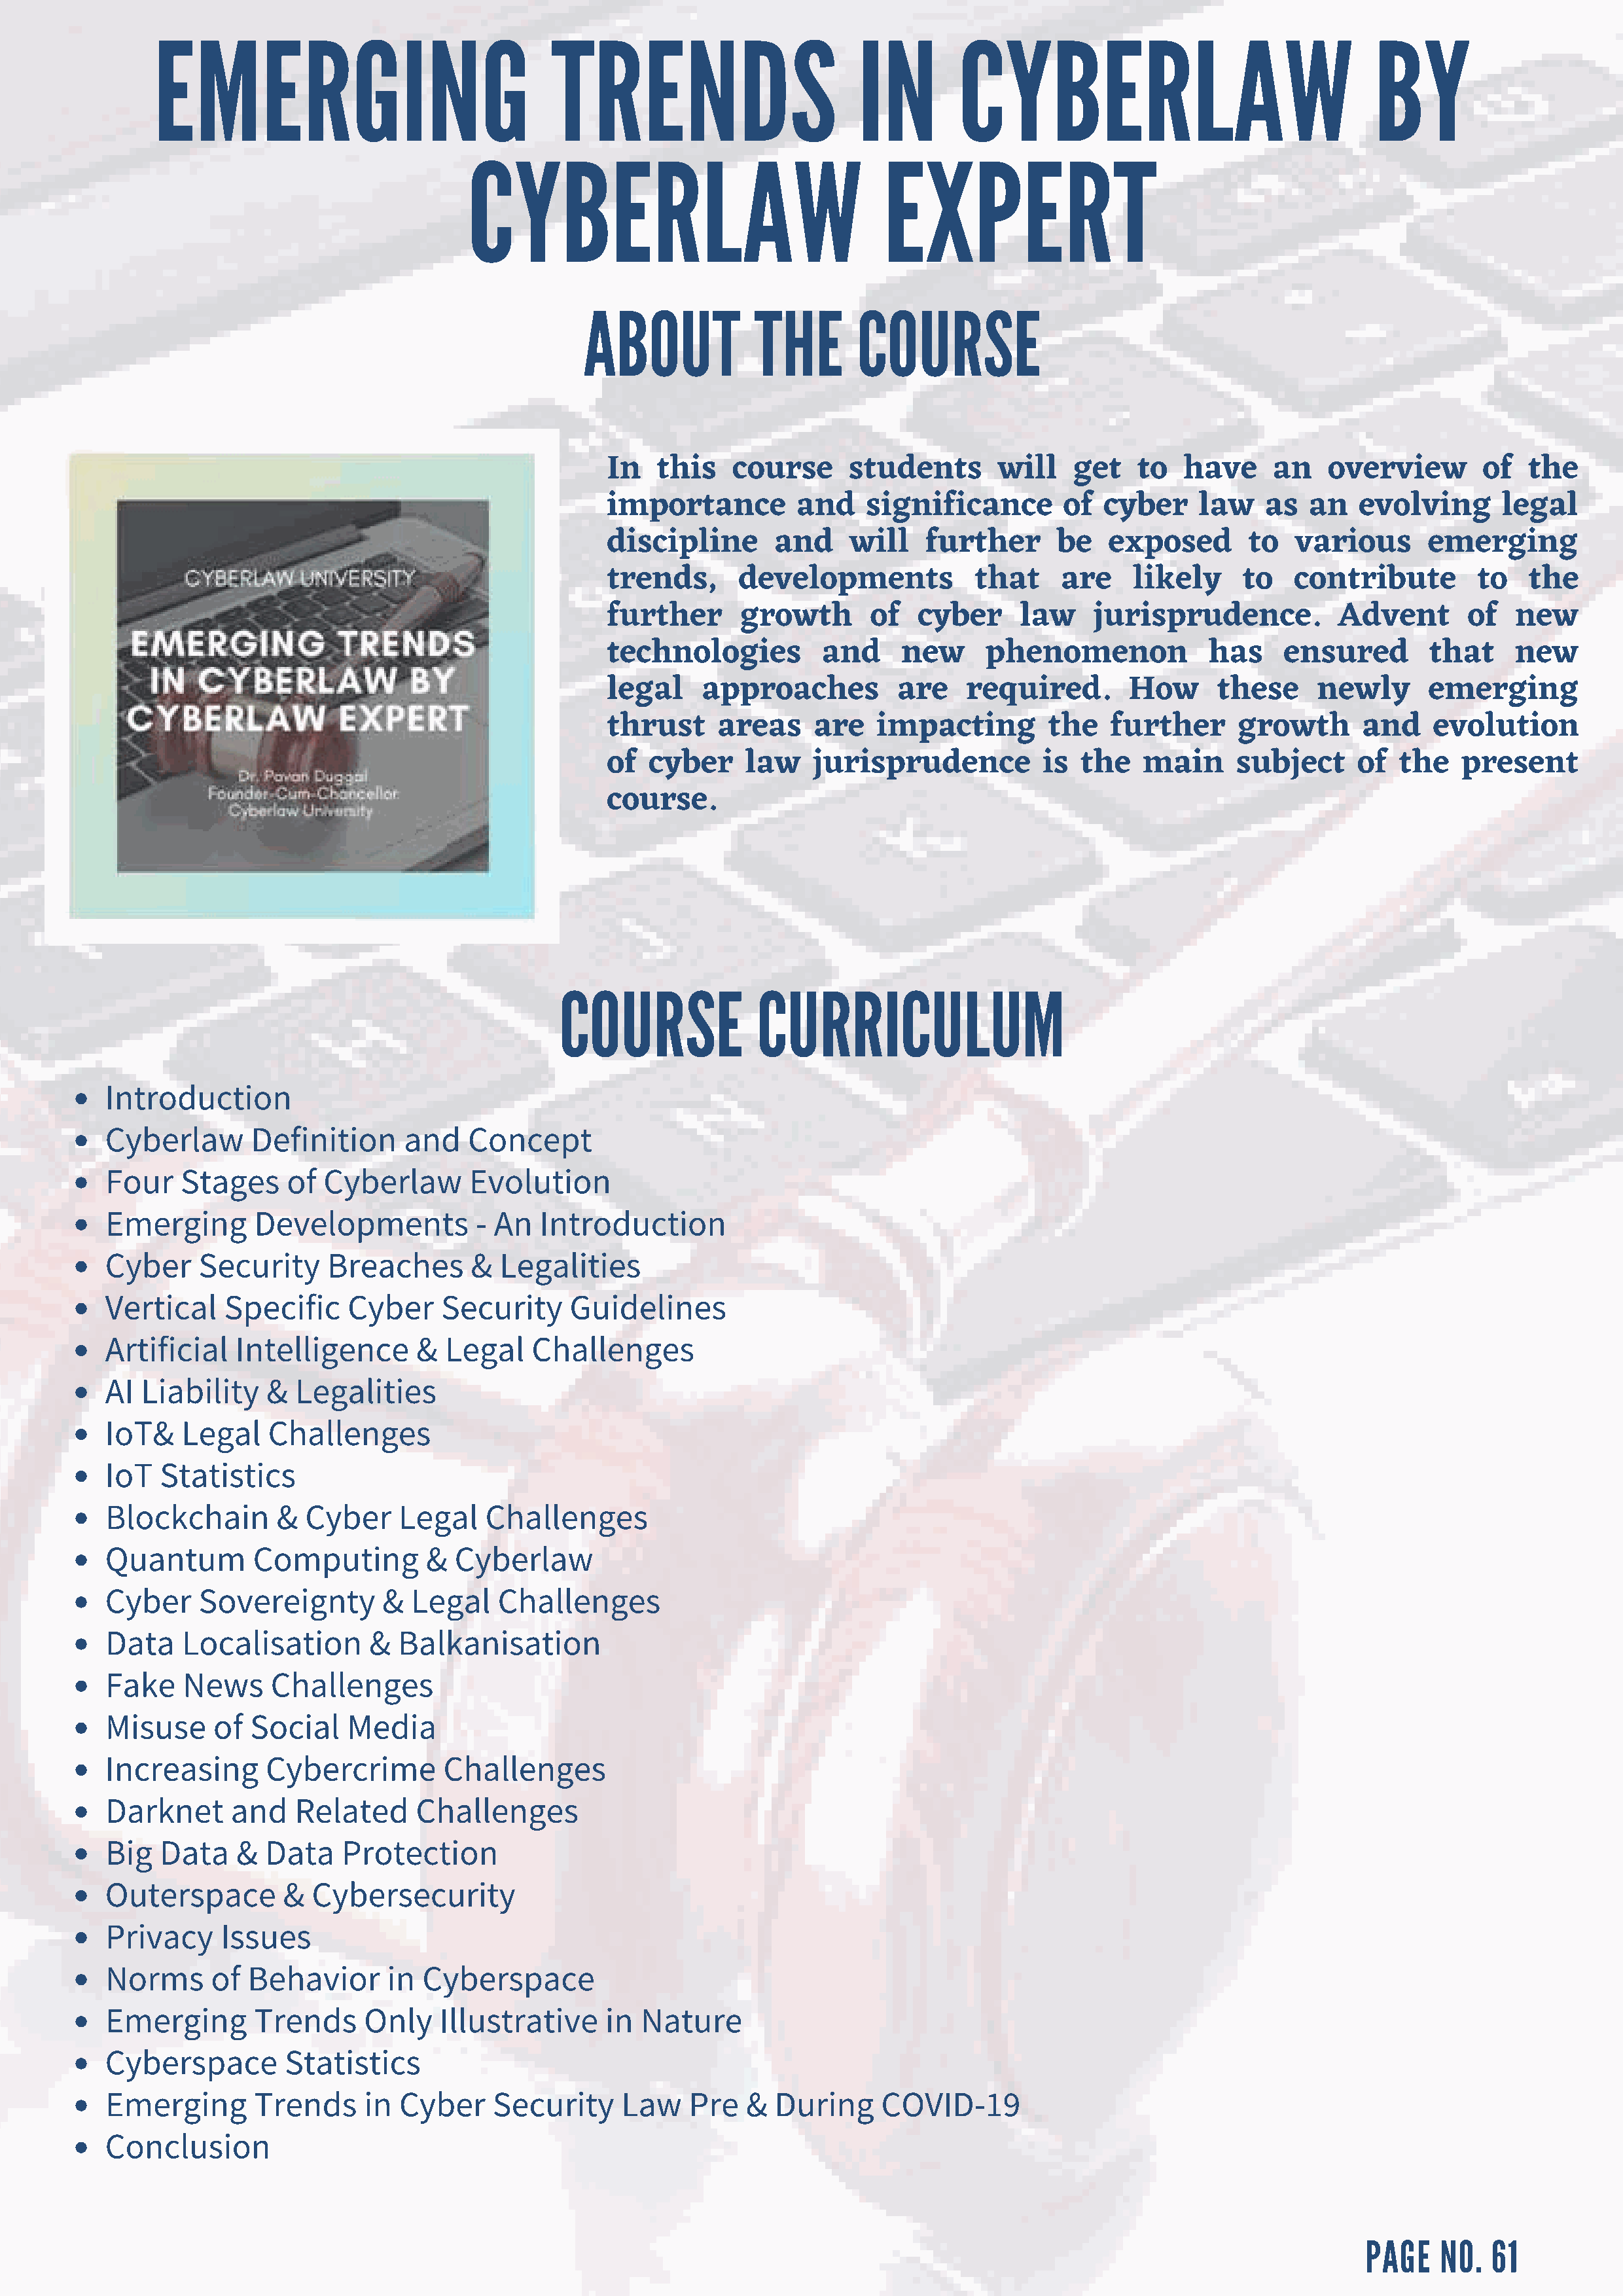
EMERGING                                TRENDS                         IN        CYBERLAW                                  BY
 CYBERLAW                                  EXPERT
 ABOUT            THE        COURSE
 In   this    course      students       will    get   to   have     an   overview        of   the
 importance          and    significance        of  cyber    law    as  an   evolving       legal
 discipline       and     will    further      be   exposed       to   various      emerging
 trends,       developments            that    are     likely     to   contribute        to    the
 further       growth       of   cyber     law     jurisprudence.          Advent       of   new
 technologies          and     new      phenomenon            has     ensured        that    new
 legal     approaches          are    required.       How      these     newly      emerging
 thrust      areas    are    impacting        the   further      growth       and    evolution
 of   cyber    law    jurisprudence          is  the    main     subject     of   the   present
 course.
 COURSE              CURRICULUM
 Introduction
 Cyberlaw      Definition      and   Concept
 Four   Stages     of  Cyberlaw      Evolution
 Emerging       Developments          - An   Introduction
 Cyber    Security     Breaches       &  Legalities
 Vertical    Specific    Cyber     Security     Guidelines
 Artificial   Intelligence      &  Legal    Challenges
 AI Liability    &  Legalities
 IoT&   Legal    Challenges
 IoT  Statistics
 Blockchain       &  Cyber    Legal    Challenges
 Quantum        Computing        &  Cyberlaw
 Cyber    Sovereignty        &  Legal   Challenges
 Data   Localisation       &  Balkanisation
 Fake   News     Challenges
 Misuse     of Social    Media
 Increasing      Cybercrime        Challenges
 Darknet     and    Related     Challenges
 Big  Data    &  Data    Protection
 Outerspace        &  Cybersecurity
 Privacy    Issues
 Norms     of  Behavior      in  Cyberspace
 Emerging       Trends     Only   Illustrative     in  Nature
 Cyberspace        Statistics
 Emerging       Trends     in Cyber     Security     Law    Pre  &  During     COVID-19
 Conclusion
 PAGE    NO.  61